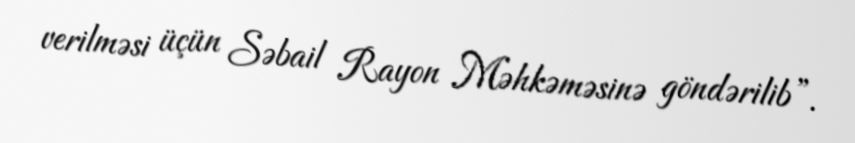
verilməsi üçün Səbail Rayon Məhkəməsinə göndərilib”.